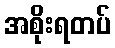
အစိုးရတပ်